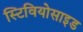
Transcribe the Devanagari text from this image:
स्टिवियोसाइड